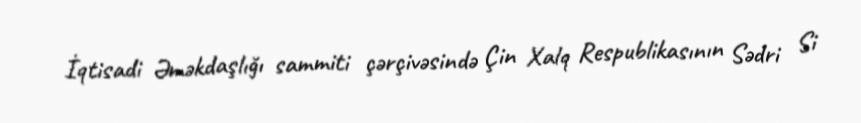
İqtisadi Əməkdaşlığı sammiti çərçivəsində Çin Xalq Respublikasının Sədri Si